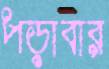
পড়াবার